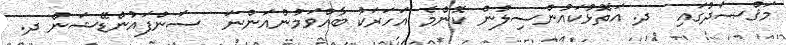
މަޤްޞަދުގައި  ދ. އަތޮޅުކައުންސިލުން ކޮންމެ އަހަރަކު ބާއްވަމުންއަންނަ  ސަންފައުންޑޭޝަން ދ.